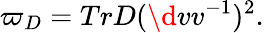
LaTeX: \varpi_{D}=TrD(\d vv^{-1})^{2}.